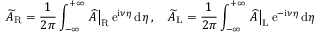
\widetilde { A } _ { \mathrm { R } } = \frac { 1 } { 2 \pi } \int _ { - \infty } ^ { + \infty } \left. \widehat { A } \right| _ { \mathrm { R } } \mathrm { e } ^ { \mathrm { i } \nu \eta } \, \mathrm { d } \eta \, , \quad \widetilde { A } _ { \mathrm { L } } = \frac { 1 } { 2 \pi } \int _ { - \infty } ^ { + \infty } \left. \widehat { A } \right| _ { \mathrm { L } } \mathrm { e } ^ { - \mathrm { i } \nu \eta } \, \mathrm { d } \eta